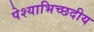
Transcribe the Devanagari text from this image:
पेश्याभिच्छदीय